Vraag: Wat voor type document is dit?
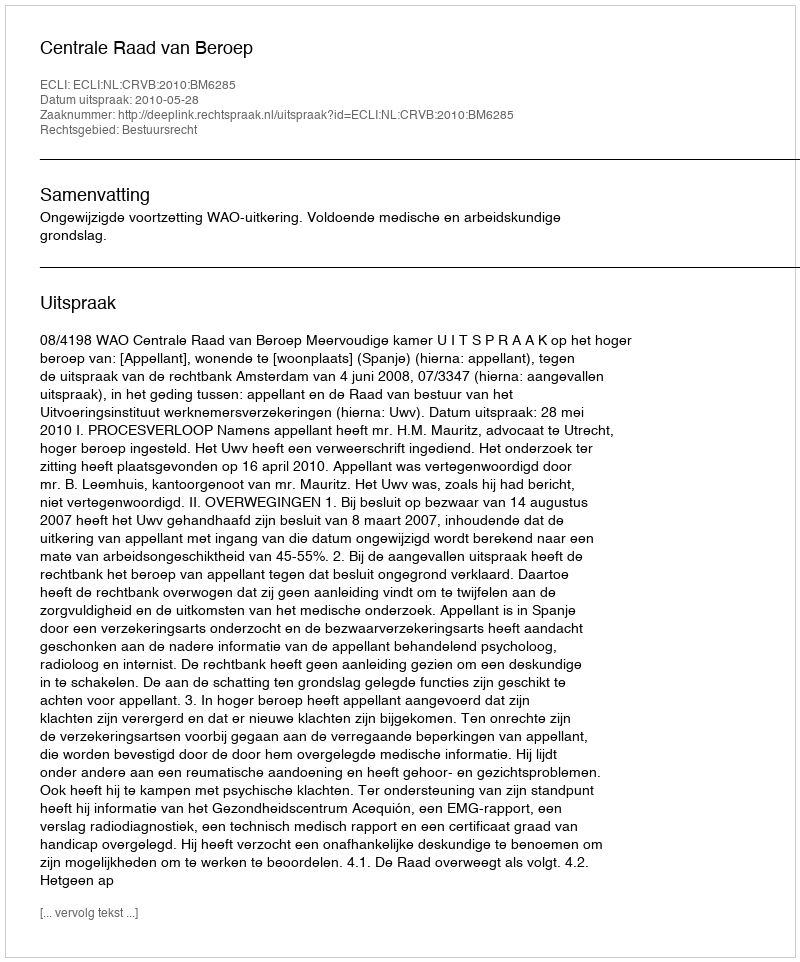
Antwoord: Uitspraak